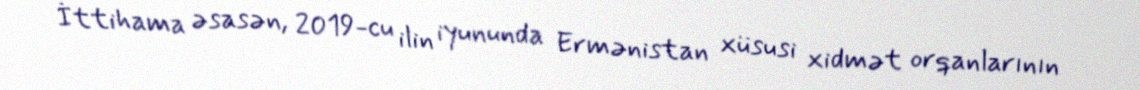
İttihama əsasən, 2019-cu ilin iyununda Ermənistan xüsusi xidmət orqanlarının